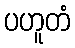
ပဟူတံ